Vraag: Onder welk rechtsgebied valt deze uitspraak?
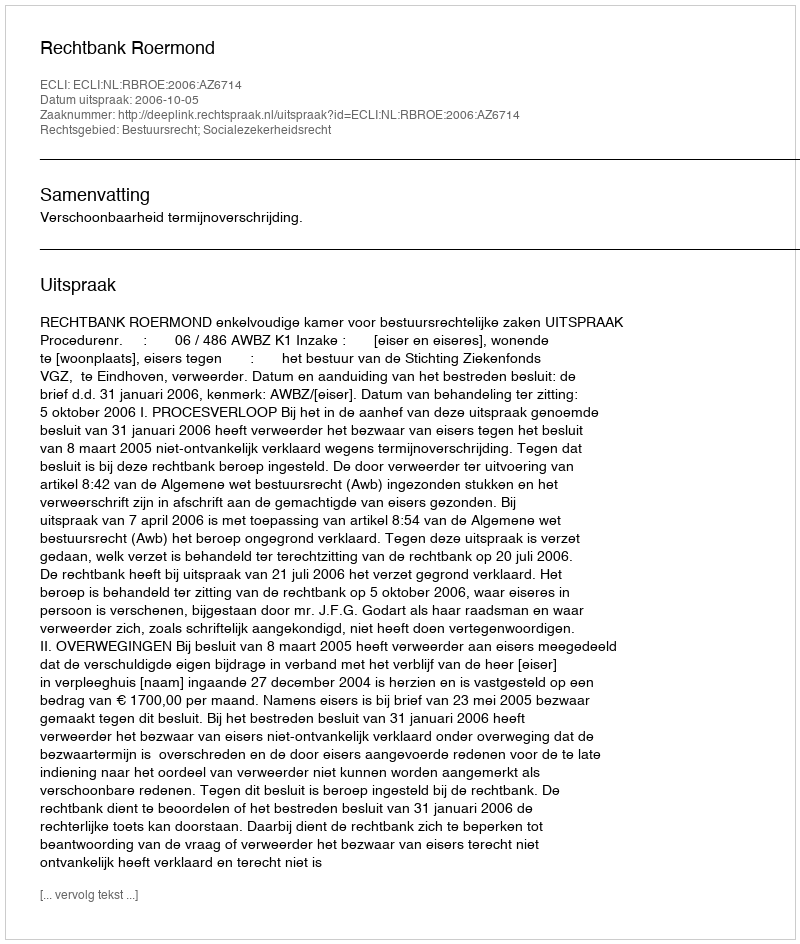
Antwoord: Bestuursrecht; Socialezekerheidsrecht